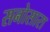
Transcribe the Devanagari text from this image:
सनोसारा